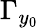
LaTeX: \Gamma_{y_{0}}